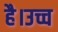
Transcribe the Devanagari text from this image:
है।उच्च